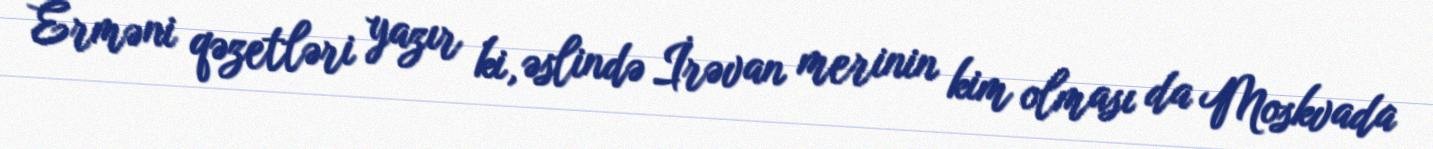
Erməni qəzetləri yazır ki, əslində İrəvan merinin kim olması da Moskvada